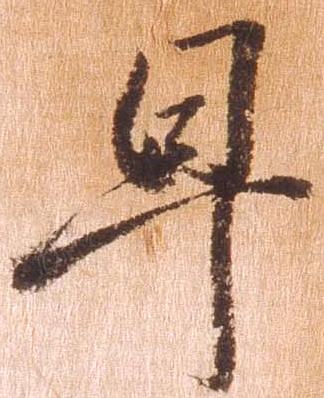
早